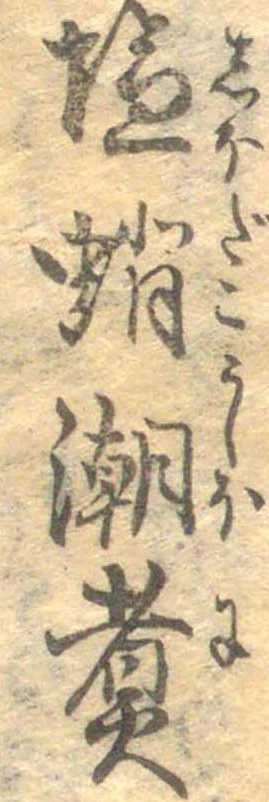
塩蛸潮煮